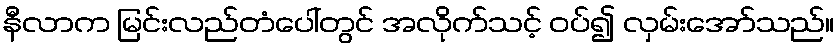
နီလာက မြင်းလည်တံပေါ်တွင် အလိုက်သင့် ဝပ်၍ လှမ်းအော်သည်။